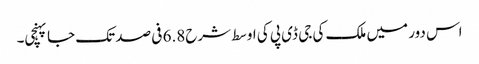
اس دور میں ملک کی جی ڈی پی کی اوسط شرح6.8 فی صد تک جا پہنچی۔